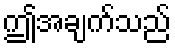
ဤအချက်သည်